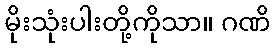
မိုးသုံးပါးတို့ကိုသာ။ ဂဏိ